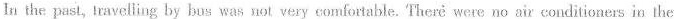
In the past,lravelling by bus was not very comfortable. There were no air conditioners in the